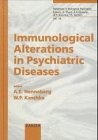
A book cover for Immunological Alterations in Psychiatric Diseases: International Symposium, Reisensburg, September 1995 (Advances in Biological Psychiatry, Vol. 18); Medical Books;